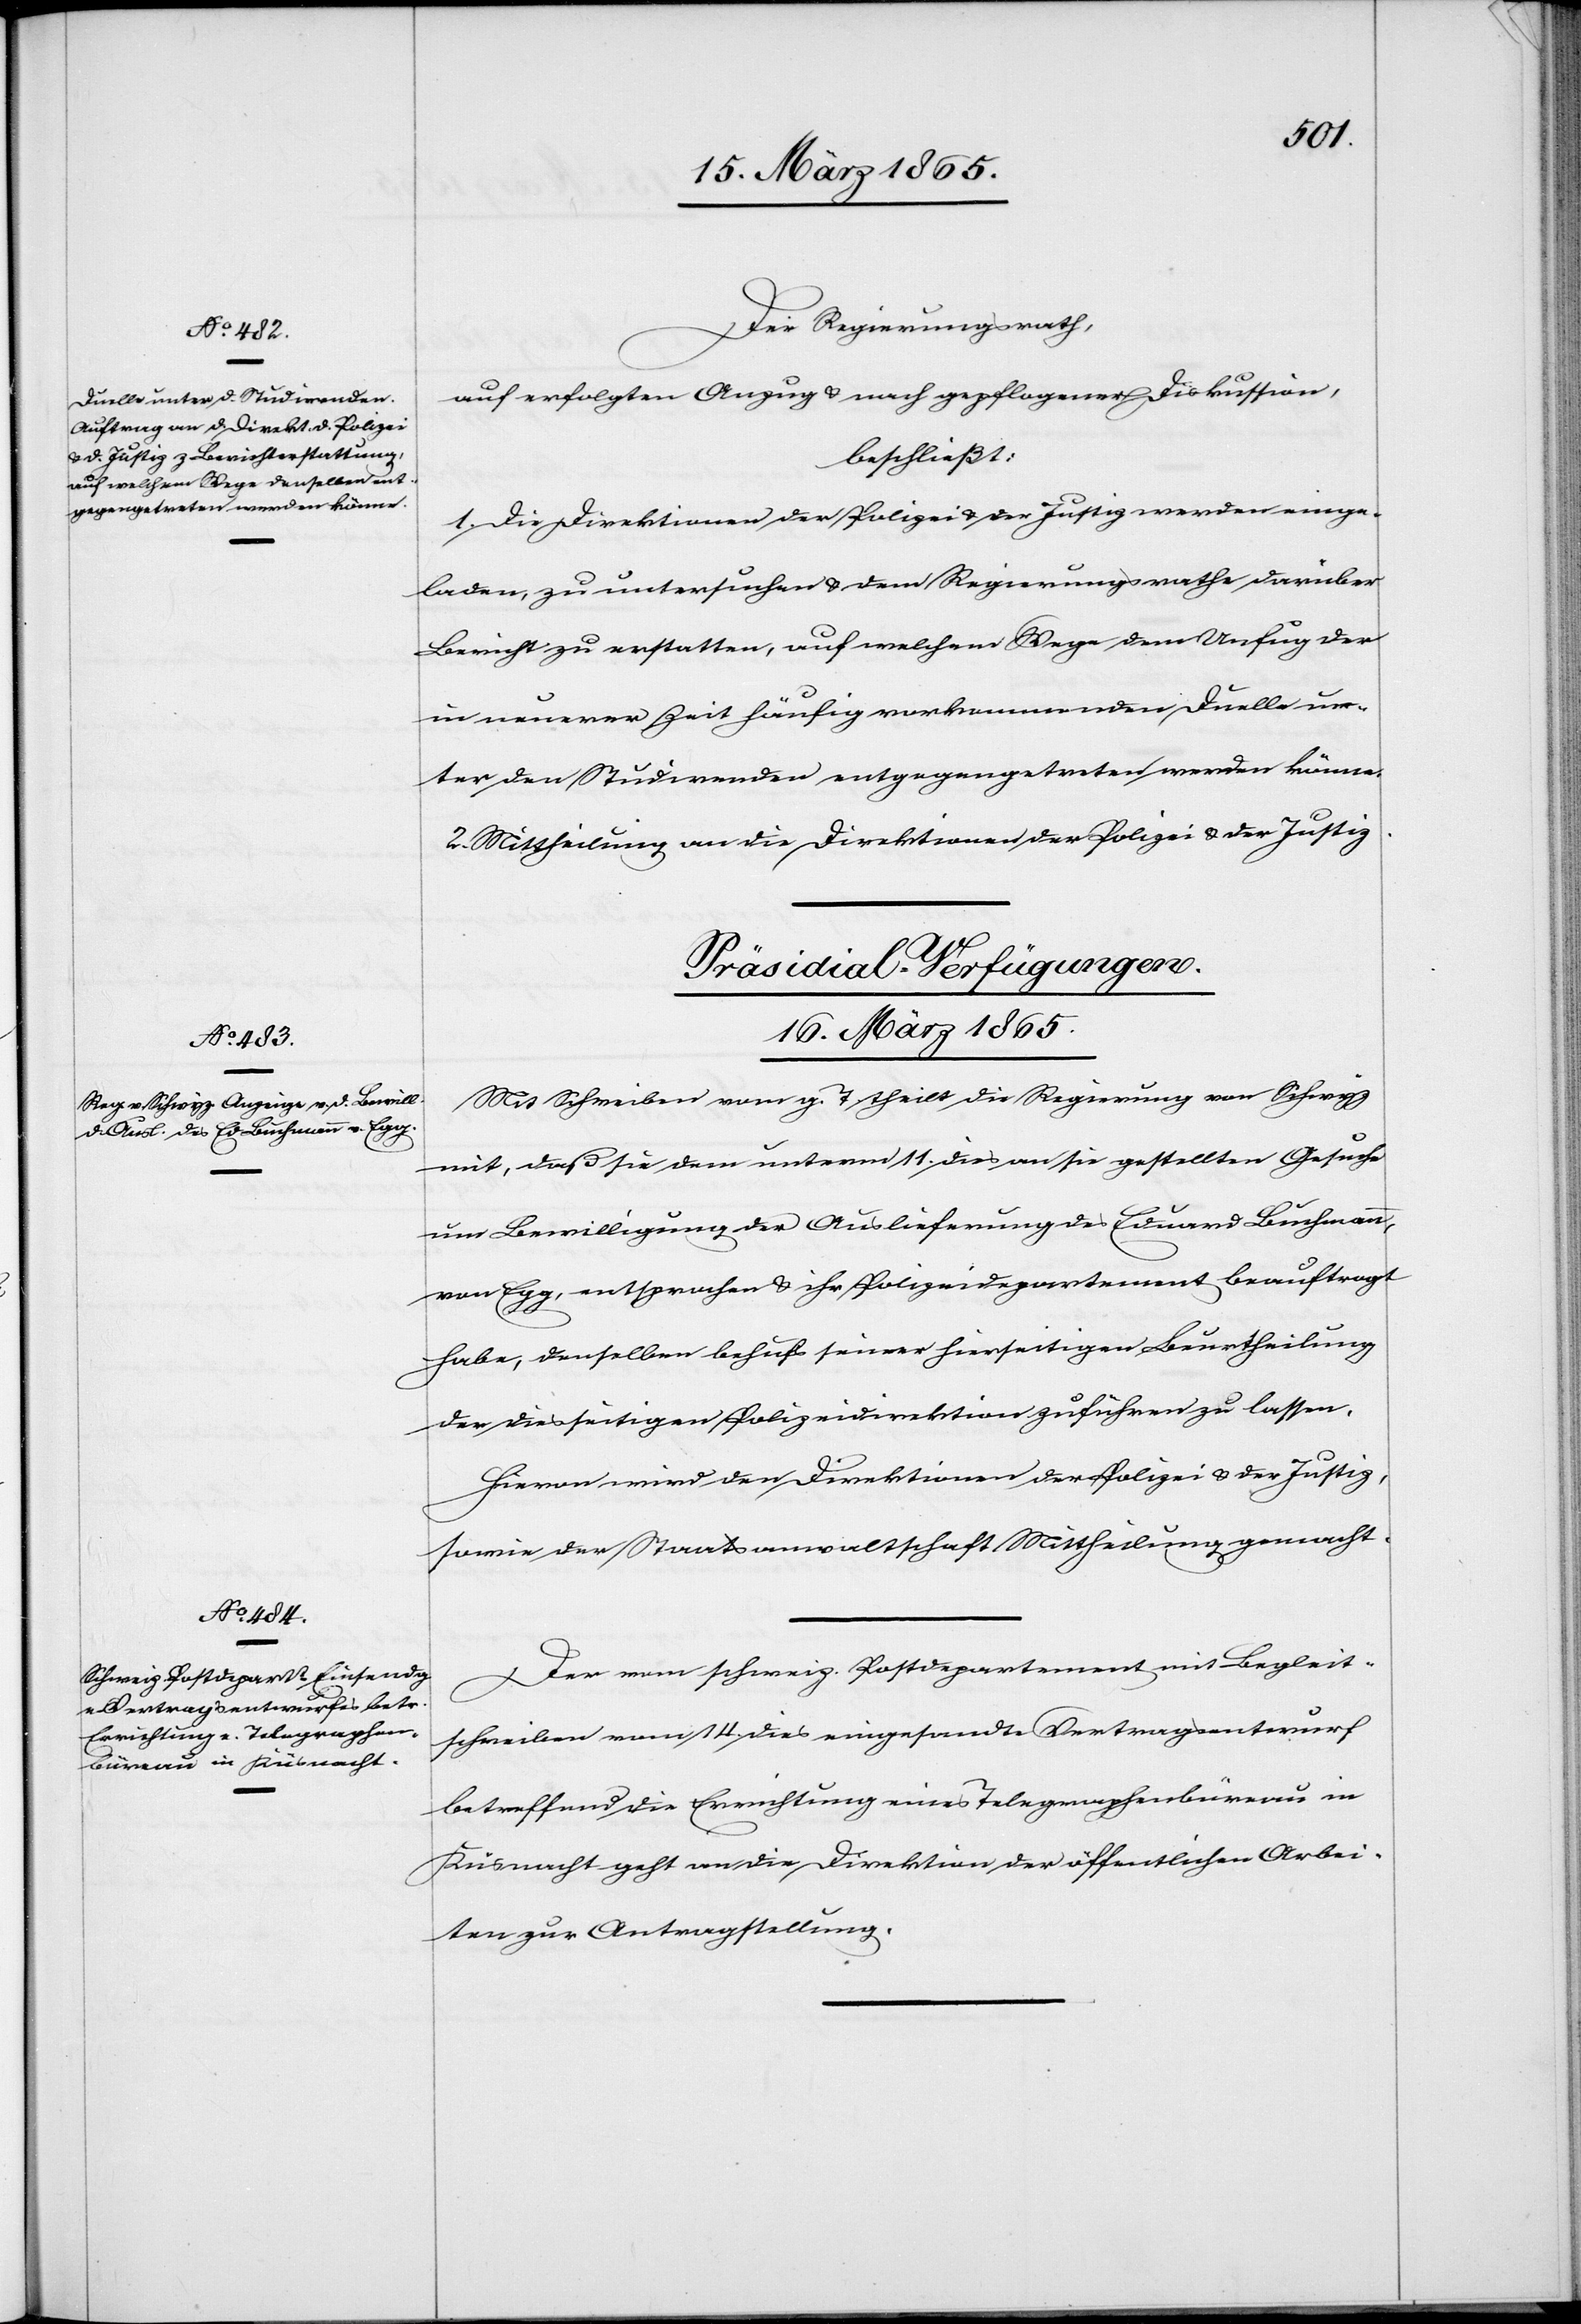
Der Regierungsrath,
auf erfolgten Anzug & nach gepflogener Diskussion,
beschließt:
1. Die Direktionen der Polizei & der Justiz werden einge¬
laden, zu untersuchen & dem Regierungsrathe darüber
Bericht zu erstatten, auf welchem Wege dem Unfug der
in neuerer Zeit häufig vorkommenden Duelle un¬
ter den Studirenden entgegengetreten werden könne.
2. Mittheilung an die Direktion der Polizei & der Justiz.
[Präsidial-Verfügungen.
16. März 1865.]
Mit Schreiben vom g. T. theilt die Regierung von Schwyz
mit, daß sie dem unterm 11. dies an sie gestellten Gesuche
um Bewilligung der Auslieferung des Eduard Buchmann,
von Egg, entsprochen & ihr Polizeidepartement beauftragt
habe, denselben behufs seiner hierseitigen Beurtheilung
der diesseitigen Polizeidirektion zuführen zu lassen.
Hievon wird den Direktionen der Polizei & der Justiz,
sowie der Staatsanwaltschaft Mittheilung gemacht.
Der vom schweiz. Postdepartement mit Begleit¬
schreiben vom 14. dies eingesandte Vertragsentwurf
betreffend die Errichtung eines Telegraphenbüreau in
Küsnacht geht an die Direktion der öffentlichen Arbei¬
ten zur Antragstellung.